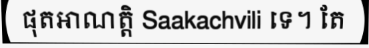
ផុតអាណត្តិ Saakachvili ទេ។ តែ